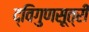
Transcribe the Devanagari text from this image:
द्विगुणसूत्री